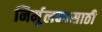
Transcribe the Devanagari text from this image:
निर्मुलनासाठी